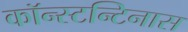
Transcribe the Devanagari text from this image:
कॉन्स्टन्टिनास